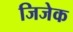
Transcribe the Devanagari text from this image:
जिजेक